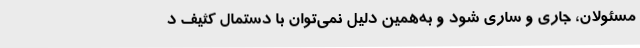
مسئولان، جاری و ساری شود و به‌همین دلیل نمی‌توان با دستمال کثیف د